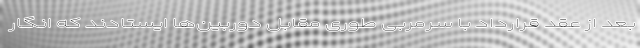
بعد از عقد قرارداد با سرمربی طوری مقابل دوربین‌ها ایستادند که انگار